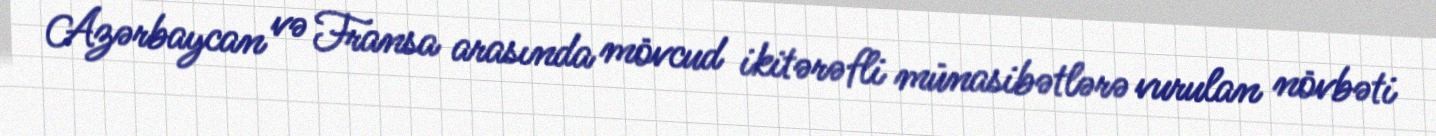
Azərbaycan və Fransa arasında mövcud ikitərəfli münasibətlərə vurulan növbəti